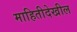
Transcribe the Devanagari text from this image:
माहितीदेखील